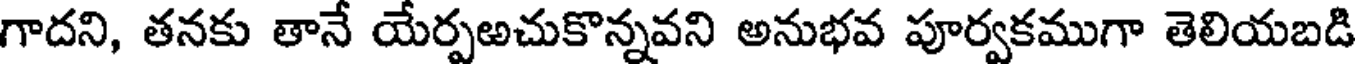
గాదని, తనకు తానే యేర్పఱచుకొన్నవని అనుభవ పూర్వకముగా తెలియబడి